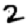
Digit: 2